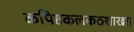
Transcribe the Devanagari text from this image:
कपिष्ठकलकठशाखा।